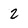
Character: 2